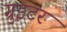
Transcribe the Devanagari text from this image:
ग्रुइटर